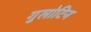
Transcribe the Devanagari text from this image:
गुलोटिन